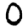
Digit: 0